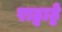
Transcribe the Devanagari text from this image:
राट्वाट्टे